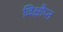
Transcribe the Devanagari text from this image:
विक्षीप्त